Indian journal of veterinary science and animal husbandry - Volume 8,
Year: 1938
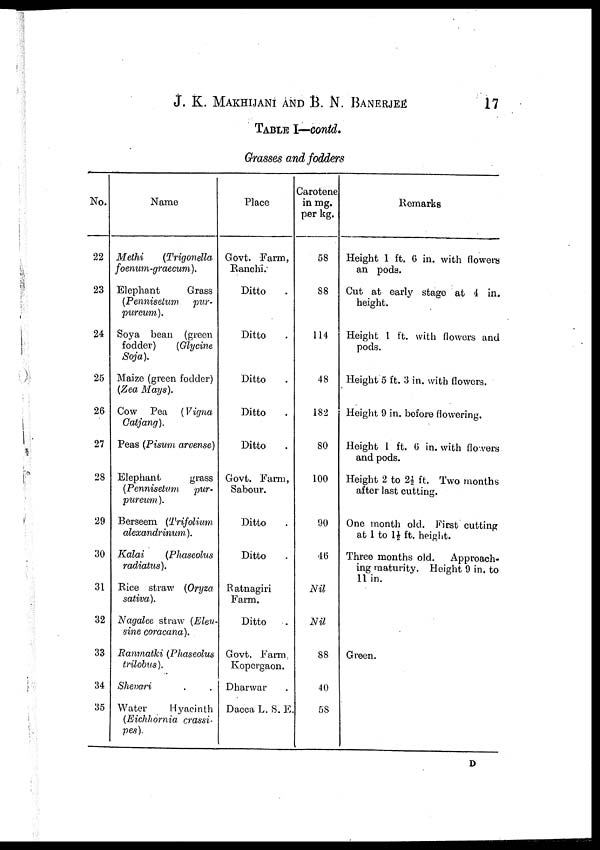
J. K. MAKHIJANI AND B. N.
BANERJEE
17
TABLE I—contd.
Grasses and fodders
No.
22
23
24
25
26
27
28
29
30
31
32
33
34
35
Name
Methi
(Trigonlla
foenum -graecum).
Elephant
Grass
(Pennisetum
pur-
pureum).
Soya bean (green
fodder)
(Glycine
Soja).
Maize (green fodder)
(Zea Mays).
Cow Pea (Vigna
Catjang).
Peas (Pisum arvense)
Elephant
grass
(Pennisetum
pur-
pureum ).
Berseem (Trifolium
alexandrinum).
Kalai
(Phaseolus
radiatus).
Rice straw (Oryza
sativa).
Nagalee straw (Eleu¬
sine coracana).
Ranmatki (Phaseolus
trilobus).
Shevari . .
Water
Hyacinth
(Eichhornia crassi¬
pes).
Place
Govt. Farm,
Ranchi.
Ditto .
Ditto .
Ditto .
Ditto .
Ditto .
Govt. Farm,
Sabour.
Ditto .
Ditto .
Ratnagiri
Farm.
Ditto .
Govt. Farm.
Kopergaon.
Dharwar .
Dacca L. S. E.
Carotene
in mg.
per kg.
58
88
114
48
182
80
100
90
46
Nil
Nil
88
40
58
Remarks
Height 1 ft. 6 in. with flowers
an pods.
Cut at early stage at 4 in.
height.
Height 1 ft. with flowers and
pods.
Height 5 ft. 3 in. with flowers.
Height 9 in. before flowering.
Height 1 ft. 6 in. with flowers
and pods.
Height 2 to 2½ ft. Two months
after last cutting.
One month old. First cutting
at 1 to 1½ ft. height.
Three months old.
Approach-
ing maturity. Height 9 in. to
11 in.
Green.
D